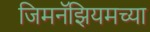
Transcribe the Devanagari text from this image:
जिमनॅझियमच्या